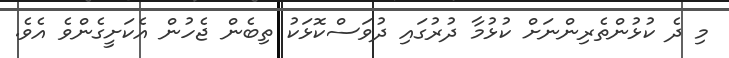
މި ދެ ކުޅުންތެރިންނަށް ކުޅުމާ ދުރުގައި ދުވަސްކޮޅަކު ތިބެން ޖެހުން އެކަށީގެންވެ އެވެ.